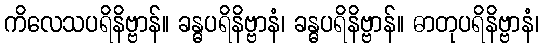
ကိလေသပရိနိဗ္ဗာန်။ ခန္ဓပရိနိဗ္ဗာနံ၊ ခန္ဓပရိနိဗ္ဗာန်။ ဓာတုပရိနိဗ္ဗာနံ၊